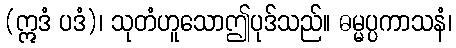
(ဣဒံ ပဒံ)၊ သုတံဟူသောဤပုဒ်သည်။ ဓမ္မပ္ပကာသနံ၊